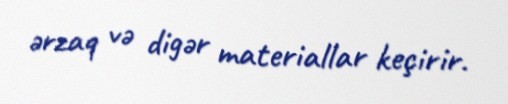
ərzaq və digər materiallar keçirir.